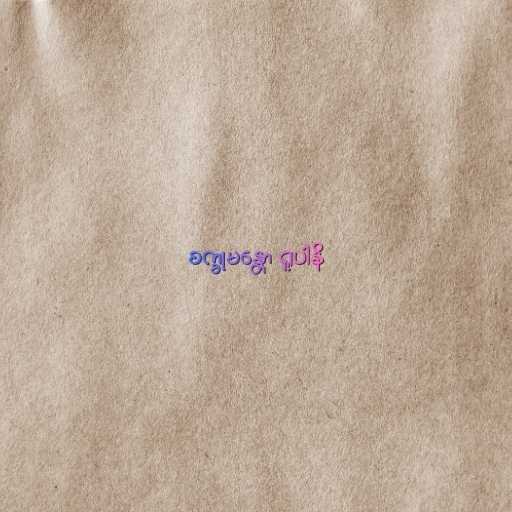
စက္ခုမန္တော ရူပါနိ